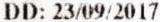
DD: 23/09/2017